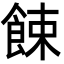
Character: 餗